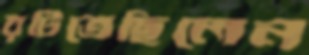
রটিতেছিলেন